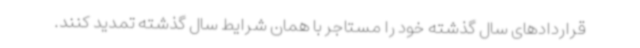
قراردادهای سال گذشته خود را مستاجر با همان شرایط سال گذشته تمدید کنند.